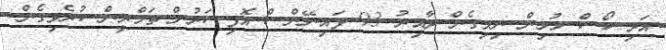
އަދި ކޯސް މުޅިން ނިމިގެން ދާއިރު 93 ފައިނޭންސް އޮފިސަރުން ތަމްރީން ކުރެވިގެން